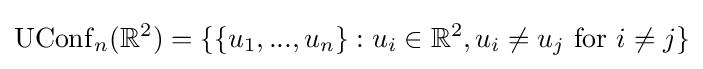
\operatorname {UConf} _{n}(\mathbb {R} ^{2})=\{\{u_{1},...,u_{n}\}:u_{i}\in \mathbb {R} ^{2},u_{i}\neq u_{j}{\text{ for }}i\neq j\}